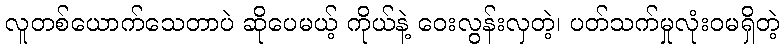
လူတစ်ယောက်သေတာပဲ ဆိုပေမယ့် ကိုယ်နဲ့ ဝေးလွန်းလှတဲ့၊ ပတ်သက်မှုလုံးဝမရှိတဲ့